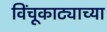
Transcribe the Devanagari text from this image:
विंचूकाट्याच्या